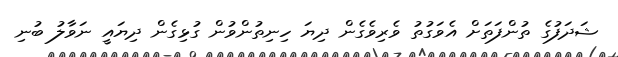
ޝަދަފުގެ ތުންފަތަށް އެވަގުތު ވެރިވެގެން ދިޔަ ހިނިތުންވުން ގުޅިގެން ދިޔައީ ނަވާލު ބުނި